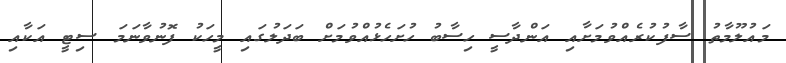
މައުލޫމާތު ސާފުކުރެއްވުމަށާއި އަންދާސީ ހިސާބު ހުށަހެޅުއްވުމަށް ބަދަލުގައި މީހަކު ފޮނުވާނަމަ ސިޓީ އަކާއި